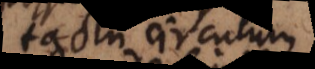
tactu circulum